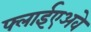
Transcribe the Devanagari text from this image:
फ्लाईएअवे